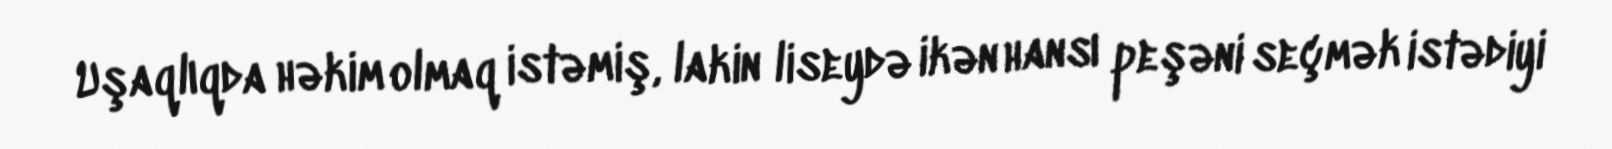
Uşaqlıqda həkim olmaq istəmiş, lakin liseydə ikən hansı peşəni seçmək istədiyi